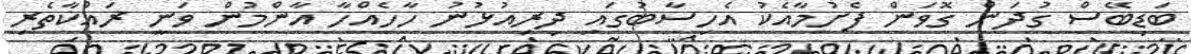
ބަޑިބޭސް ގުދަން ގޮވަން ފެށުމާއެކު އެހިސާބުގައި ދިރިއުޅުނު ހާހެއްހާ އާންމުން ވަނީ ރައްކާތެރި